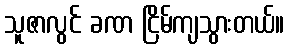
သူဇာလွင် ခဏ ငြိမ်ကျသွားတယ်။